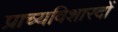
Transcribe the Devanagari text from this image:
प्राच्यविशारदों